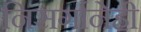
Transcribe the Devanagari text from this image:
निसर्गानेही